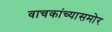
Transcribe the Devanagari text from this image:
वाचकांच्यासमोर